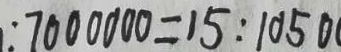
: 7 0 0 0 0 0 0 = 1 5 : 1 0 5 0